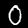
Digit: 0